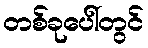
တစ်ခုပေါ်တွင်